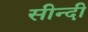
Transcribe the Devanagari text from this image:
सीन्दी